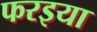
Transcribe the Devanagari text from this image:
फरइया